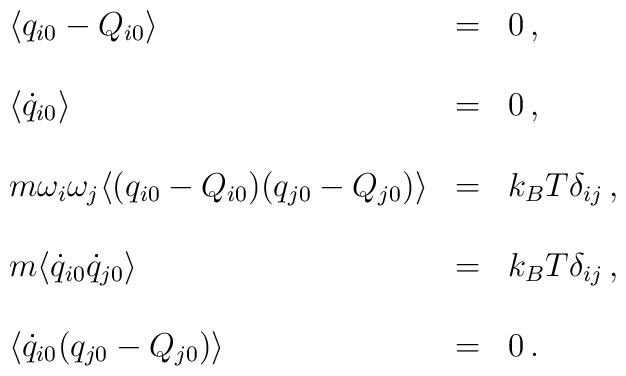
\begin{array}{lll}\langle q_{i0} - Q_{i0} \rangle & = & 0 \, , \\&& \\\langle \dot{q}_{i0} \rangle & = & 0 \, , \\&& \\m\omega_{i}\omega_{j} \langle (q_{i0}-Q_{i0})(q_{j0}-Q_{j0}) \rangle & = & k_{B}T \delta_{ij} \, , \\&& \\m\langle \dot{q}_{i0}\dot{q}_{j0} \rangle & = & k_{B}T\delta_{ij} \, , \\&& \\\langle \dot{q}_{i0}(q_{j0} - Q_{j0}) \rangle & = & 0 \, .\end{array}